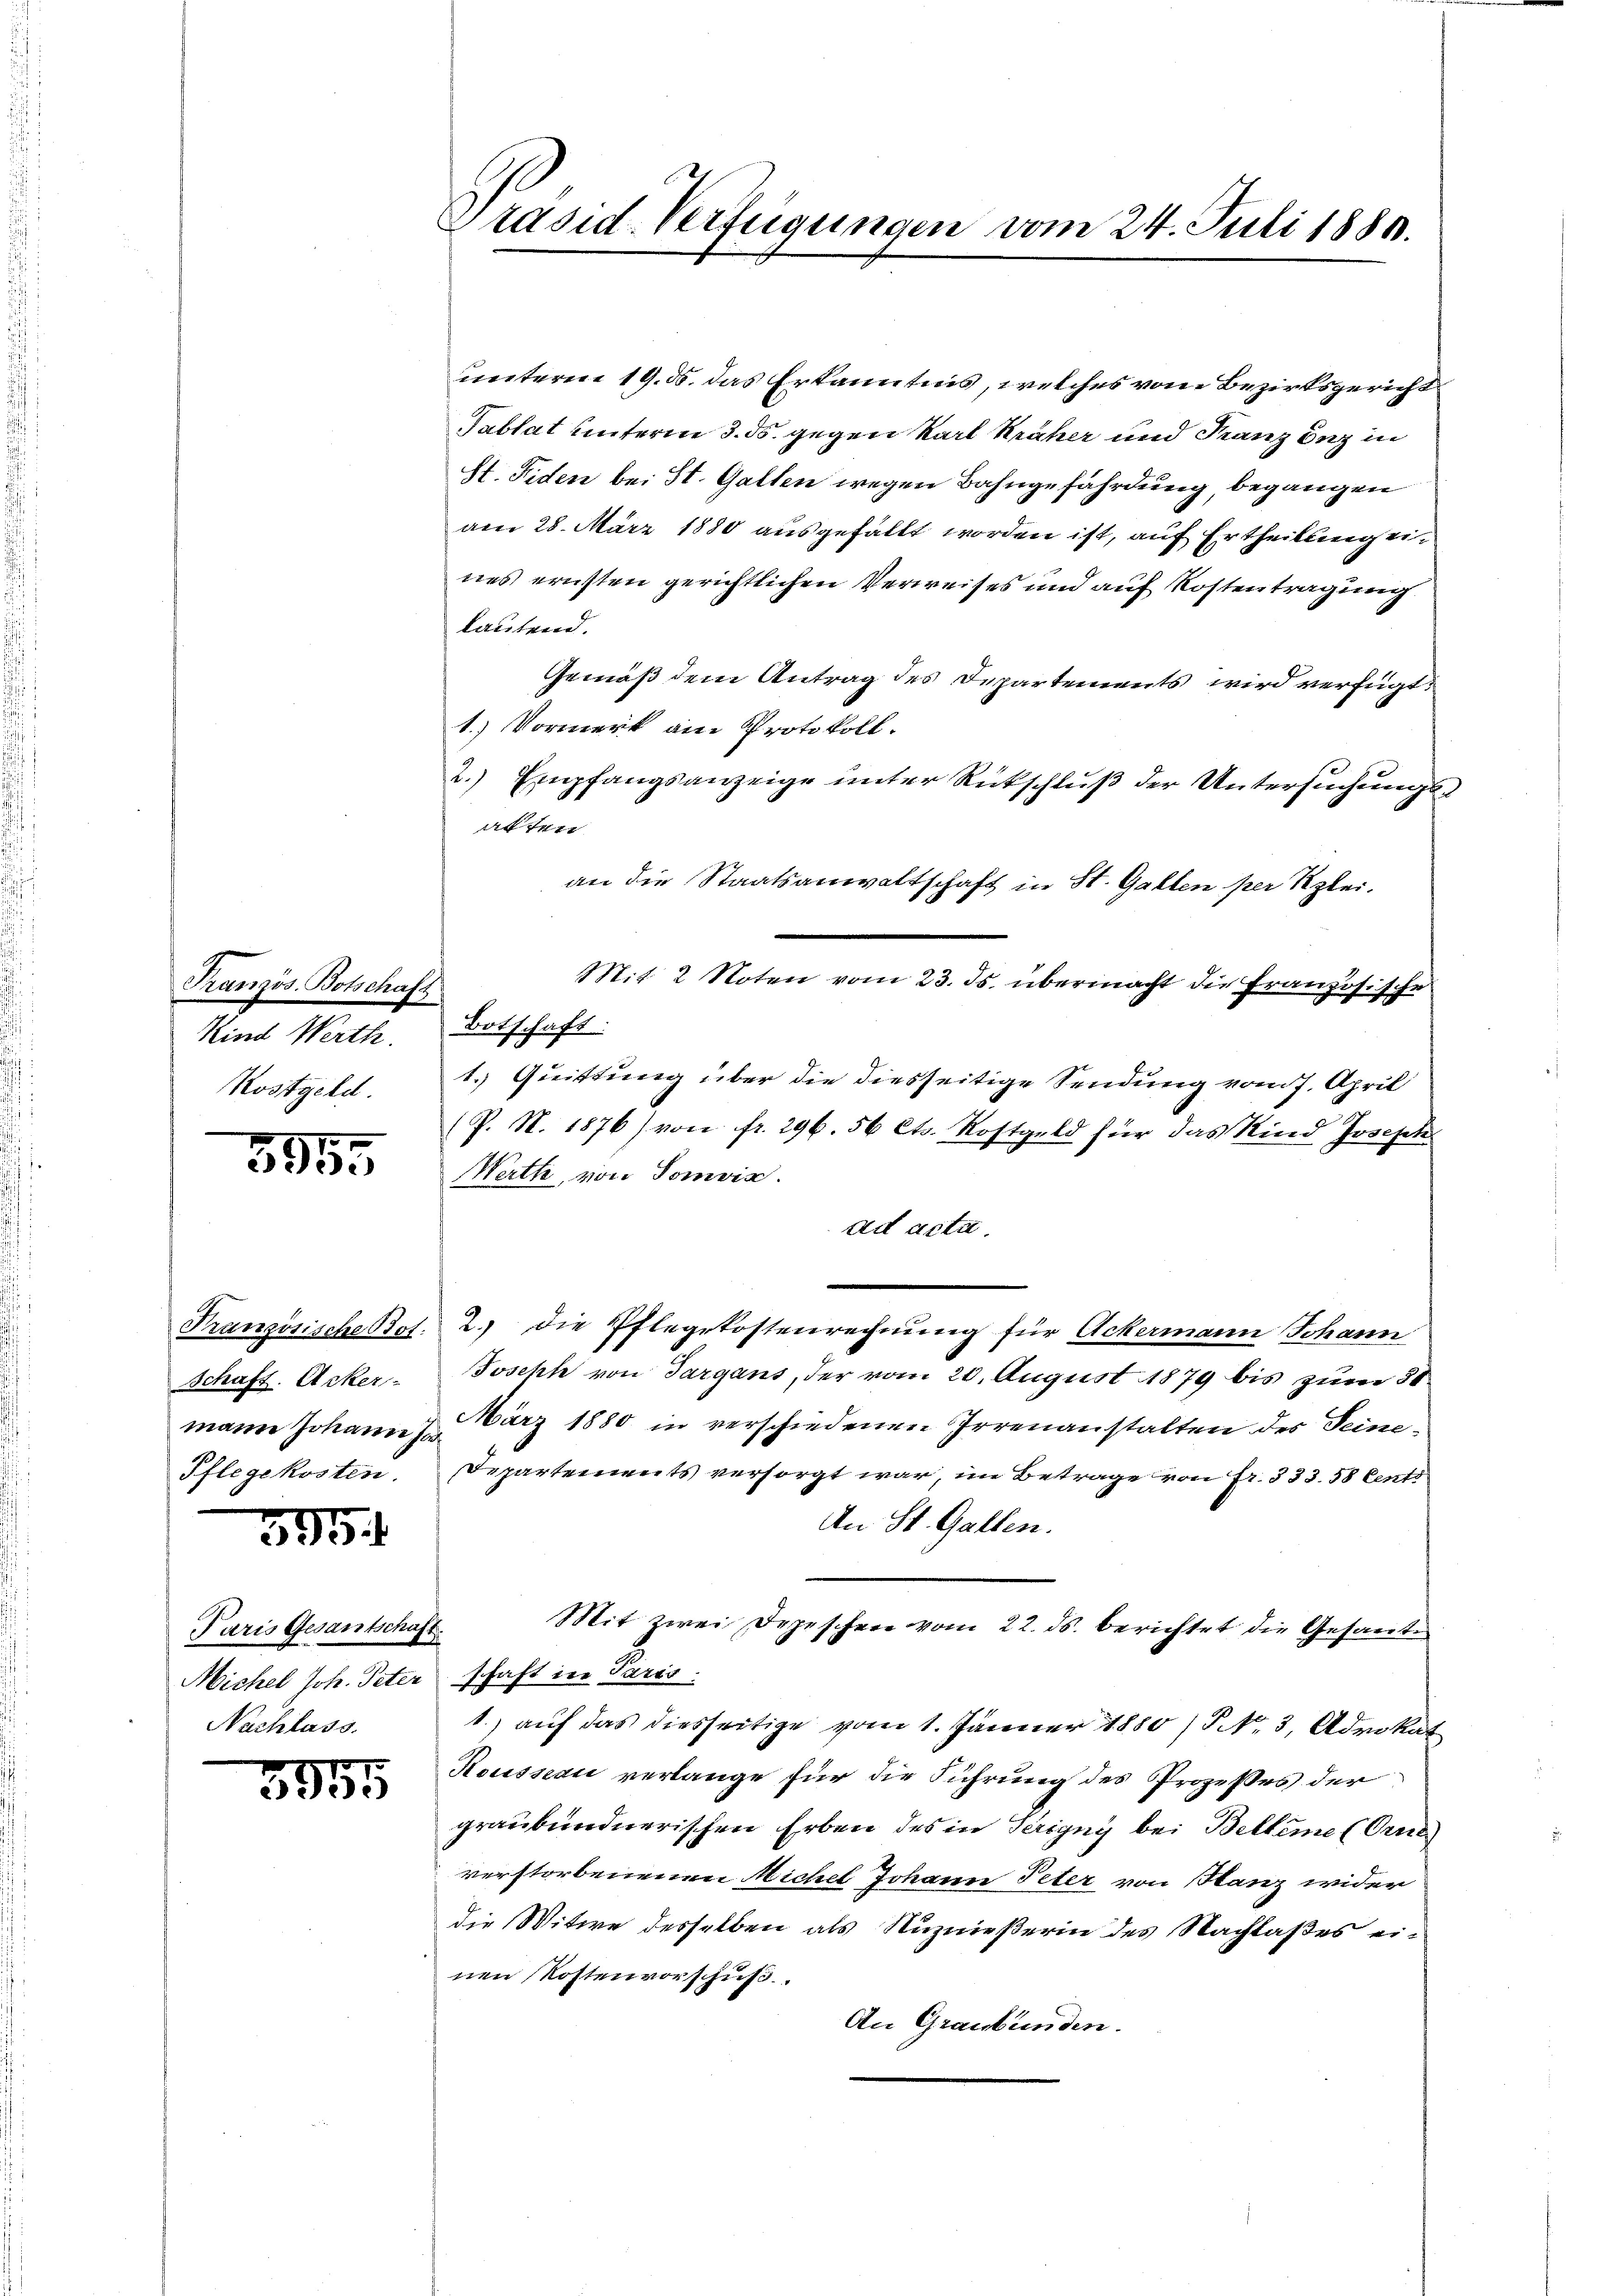
Französ. Botschaft
Kind Werth.
Kostgeld.

5955

Schaft. Acker-
mann Johann for¬
Pflegekosten.

s
393

Paris Gesantschaft.
Michel Joh. Peter
Nachlass.

5955

Präsid. Verfügungen vom 24. Juli 1889.

unteren 19. ds. das Erkanntnis, welches von Bezirksgericht
Tablat unterm 3. ds. gegen Karl Kräher und Franz unz in
St. Fiden bei St. Gallen wegen Bahngefährdung, begangen
am 28. März 1880 ausgefällt worden ist, auf Ertheilung eines ernsten gerichtlichen Verweises und auf Kostentragung
lautend.
Gemäß dem Antrag des Departements wird verfügt
1.) Vormerk am Protokoll.
2.) Empfangsanzeige unter Rückschlŭβ der Untersŭchŭngs-
alten
an die Staatsanwaltschaft in St. Gallen per Klei¬
Mit 2 Noten vom 23. ds. übermacht die Französische
Botschaft:
1. Quittung über die diesseitige Sendung vom 7. April
(P. N. 1876 von fr. 296. 56 Cts. Kostgeld für das Kind Joseph
Werth, von Somvis.
ad acta.
Französische Pot. 2.) Die Pflegekostenrechnung für Ackermann Johann
Joseph von Sargans, der vom 20. August 1879 bis zum 31.
März 1880 in verschiedenen Irrenanstalten des Seine¬
Departements versorgt war, im Betrage von Fr. 333. 58 Cent
An St. Gallen.
Mit zwei Depeschen vom 22. ds. berichtet die Gesandschaft der Parts-
1.) auf das diesseitige vom 1. Jänner 1880 / NNo. 3, Advokat
Rousseau verlange für die Führung des Prozesses der
graubündnerischen Erben des in Terigny bei Belleme (Orne
verstorbenenen Michel Johann Peter von Hanz wider
die Witwe desselben als Nuznießerin des Nachlaßes einen Kostenvorschuß
An Graubünden.